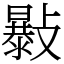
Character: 𣀛